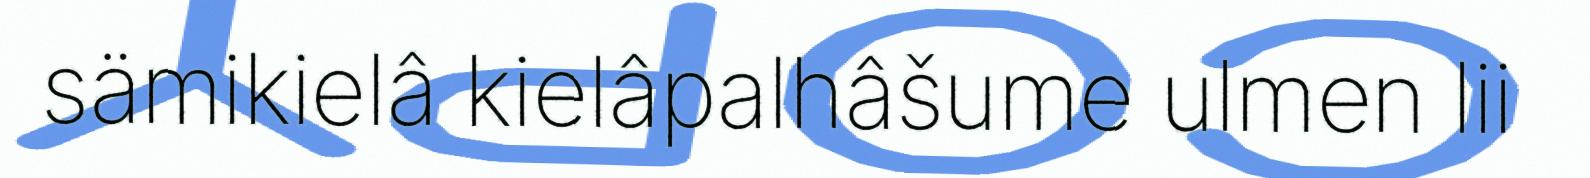
sämikielâ kielâpalhâšume ulmen lii